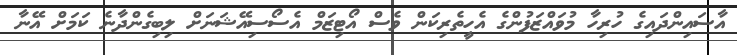
އާސައިންދައިގެ ހުރިހާ މުވައްޒަފުންގެ އެހީތެރިކަން ވެސް އޯޓިޒަމް އެސޯސިއޭޝަނަށް ލިބިގެންދާނެ ކަމަށް އޭނާ